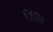
લશ